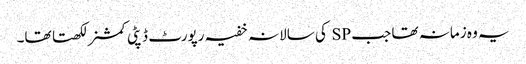
یہ وہ زمانہ تھا جب SP کی سالانہ خفیہ رپورٹ ڈپٹی کمشنر لکھتا تھا۔